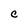
Character: C